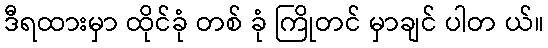
ဒီရထားမှာ ထိုင်ခုံ တစ် ခုံ ကြိုတင် မှာချင် ပါတ ယ်။